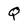
Character: Q